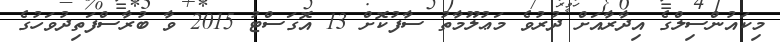
މިކައުންސިލްގެ އިދާރާއަށް ދުރުވެ މަޢުލޫމާތު ސާފުކޮށް 13 އޮގަސްޓު 2015 ވާ ބުރާސްފަތިދުވަހުގެ